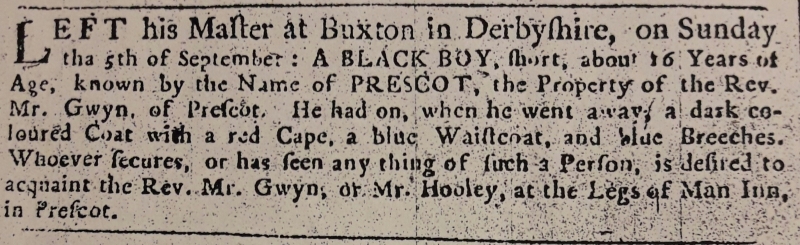
Williamson’s Liverpool Advertiser, and Mercantile Chronicle, 17 September 1762 (England)
LEFT his Master at Buxton in Derbyshire, on Sundaythe 5th of September: A BLACK BOY, short, about 16 Years of Age, known by the Name of PRESCOT, the Property of the Rev. Mr. Gwyn. of Prescot. He had on, when he went away, a dark coloured Coat with a red Cape, a blue Waistcoat, and blue Breeches.  Whoever secures, or has seen any thing of such a Person, is desired to acquaint the Rev. Mr. Gwyn, or Mr. Hooley, at the Legs of Man Inn, in Prescot.